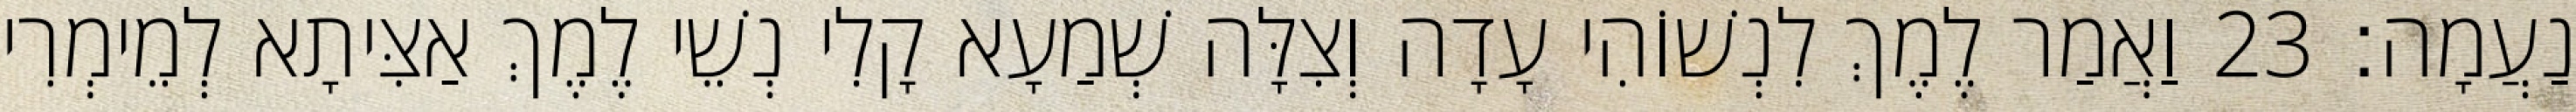
נַעֲמָה׃ 23 וַאֲמַר לֶמֶךְ לִנְשׁוֹהִי עָדָה וְצִלָּה שְׁמַעָא קָלִי נְשֵׁי לֶמֶךְ אַצִּיתָא לְמֵימְרִי